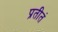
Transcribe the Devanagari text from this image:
प्रतीतं